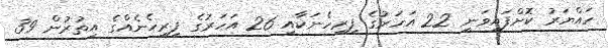
ހައްޔަރު ކޮށްފައިވަނީ 22 އަހަރުގެ ފިރިހެނަކާއި 26 އަަހަރުގެ ފިރިހެނެއްގެ އިތުރުން 39